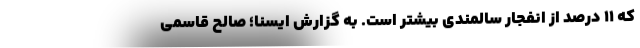
که ۱۱ درصد از انفجار سالمندی بیشتر است. به گزارش ایسنا؛ صالح قاسمی